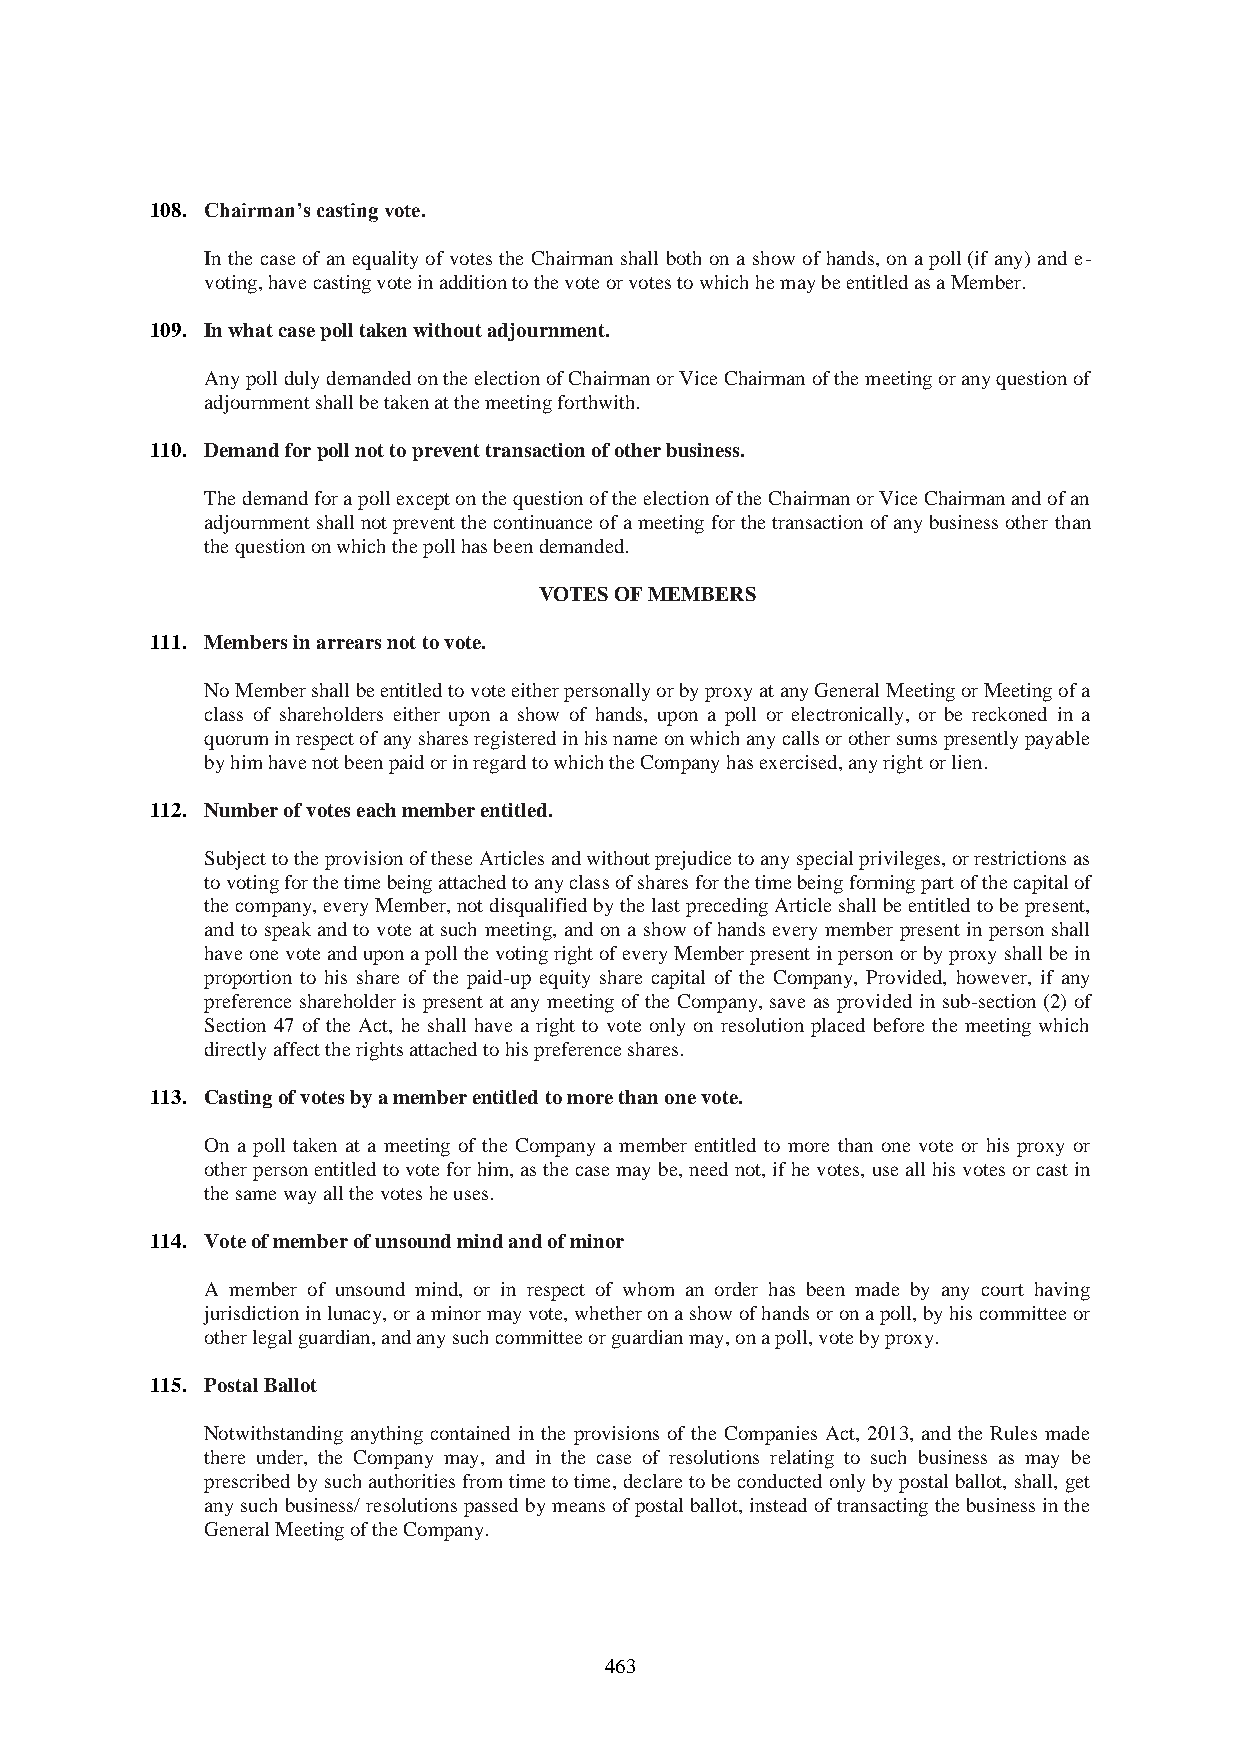
108. Chairman’s casting vote.
 In the case of an equality of votes the Chairman shall both on a show of hands, on a poll (if any) and e-
 voting, have casting vote in addition to the vote or votes to which he may be entitled as a Member.
 109. In what case poll taken without adjournment.
 Any poll duly demanded on the election of Chairman or Vice Chairman of the meeting or any question of
 adjournment shall be taken at the meeting forthwith.
 110. Demand for poll not to prevent transaction of other business.
 The demand for a poll except on the question of the election of the Chairman or Vice Chairman and of an
 adjournment shall not prevent the continuance of a meeting for the transaction of any business other than
 the question on which the poll has been demanded.
 VOTES OF MEMBERS
 111. Members in arrears not to vote.
 No Member shall be entitled to vote either personally or by proxy at any General Meeting or Meeting of a
 class of shareholders either upon a show of hands, upon a poll or electronically, or be reckoned in a
 quorum in respect of any shares registered in his name on which any calls or other sums presently payable
 by him have not been paid or in regard to which the Company has exercised, any right or lien.
 112. Number of votes each member entitled.
 Subject to the provision of these Articles and without prejudice to any special privileges, or restrictions as
 to voting for the time being attached to any class of shares for the time being forming part of the capital of
 the company, every Member, not disqualified by the last preceding Article shall be entitled to be present,
 and to speak and to vote at such meeting, and on a show of hands every member present in person shall
 have one vote and upon a poll the voting right of every Member present in person or by proxy shall be in
 proportion to his share of the paid-up equity share capital of the Company, Provided, however, if any
 preference shareholder is present at any meeting of the Company, save as provided in sub-section (2) of
 Section 47 of the Act, he shall have a right to vote only on resolution placed before the meeting which
 directly affect the rights attached to his preference shares.
 113. Casting of votes by a member entitled to more than one vote.
 On a poll taken at a meeting of the Company a member entitled to more than one vote or his proxy or
 other person entitled to vote for him, as the case may be, need not, if he votes, use all his votes or cast in
 the same way all the votes he uses.
 114. Vote of member of unsound mind and of minor
 A member of unsound mind, or in respect of whom an order has been made by any court having
 jurisdiction in lunacy, or a minor may vote, whether on a show of hands or on a poll, by his committee or
 other legal guardian, and any such committee or guardian may, on a poll, vote by proxy.
 115. Postal Ballot
 Notwithstanding anything contained in the provisions of the Companies Act, 2013, and the Rules made
 there under, the Company may, and in the case of resolutions relating to such business as may be
 prescribed by such authorities from time to time, declare to be conducted only by postal ballot, shall, get
 any such business/ resolutions passed by means of postal ballot, instead of transacting the business in the
 General Meeting of the Company.
 463